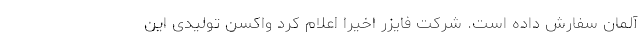
آلمان سفارش داده است. شرکت فایزر اخیرا اعلام کرد واکسن تولیدی این